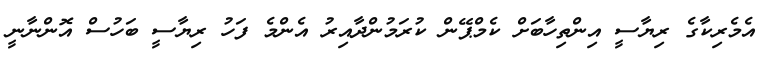
އެމެރިކާގެ ރިޔާސީ އިންތިހާބަށް ކެމްޕޭން ކުރަމުންދާއިރު އެންމެ ފަހު ރިޔާސީ ބަހުސް އޮންނާނީ